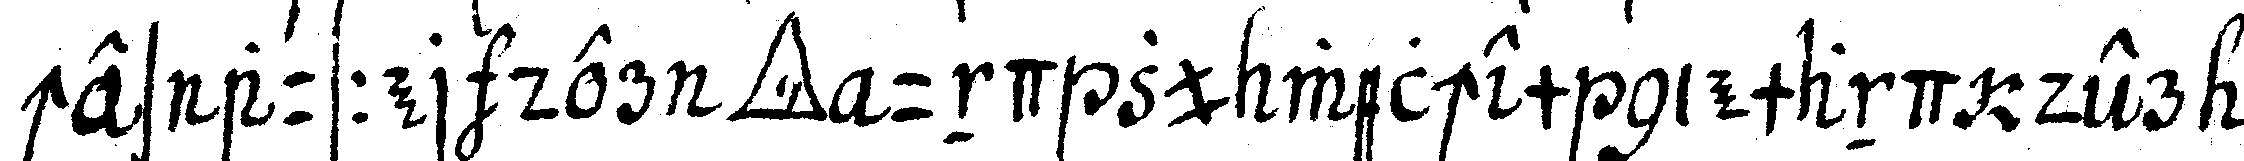
ches ausser der *tri..* und zu welchem niemand der .